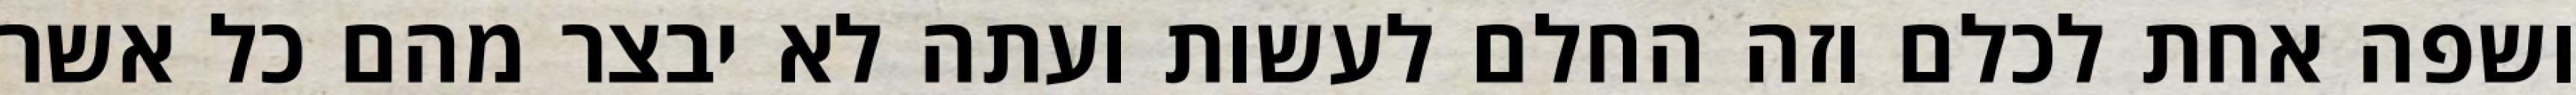
ושפה אחת לכלם וזה החלם לעשות ועתה לא יבצר מהם כל אשר